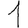
Digit: 1